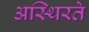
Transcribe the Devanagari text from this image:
अस्थिरते